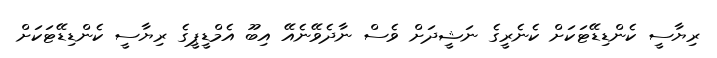
ރިޔާސީ ކެންޑިޑޭޓަކަށް ކެނެރީގެ ނަޝީދަށް ވެސް ނާދެވޭނެއޭ އިބޫ އެމްޑީޕީގެ ރިޔާސީ ކެންޑިޑޭޓަކަށް